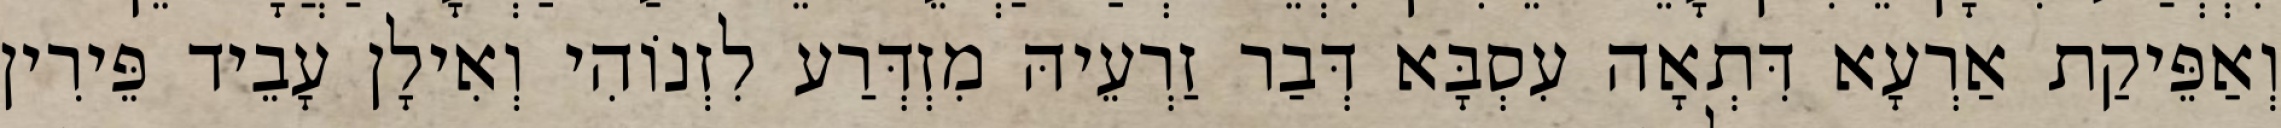
וְאַפֵּיקַת אַרְעָא דִּתְאָה עִסְבָּא דְּבַר זַרְעֵיהּ מִזְדְּרַע לִזְנוֹהִי וְאִילָן עָבֵיד פֵּירִין